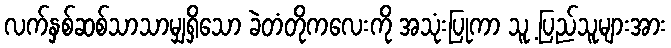
လက်နှစ်ဆစ်သာသာမျှရှိသော ခဲတံတိုကလေးကို အသုံးပြုကာ သူ့ ပြည်သူများအား